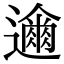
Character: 𮟞